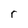
Character: r